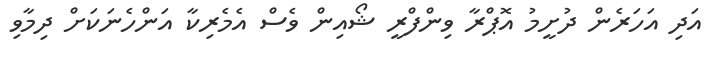
އަދި އަހަރެން ދުށީމު އޮޕްރާ ވިންފްރީ ޝޯއިން ވެސް އެމެރިކާ އަންހެނަކަށް ދިމާވި